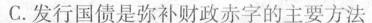
C.发行国债是弥补财政赤字的主要方法